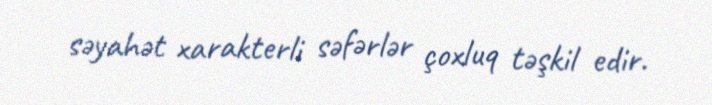
səyahət xarakterli səfərlər çoxluq təşkil edir.